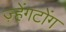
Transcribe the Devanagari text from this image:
ज़्हेंगटोंग